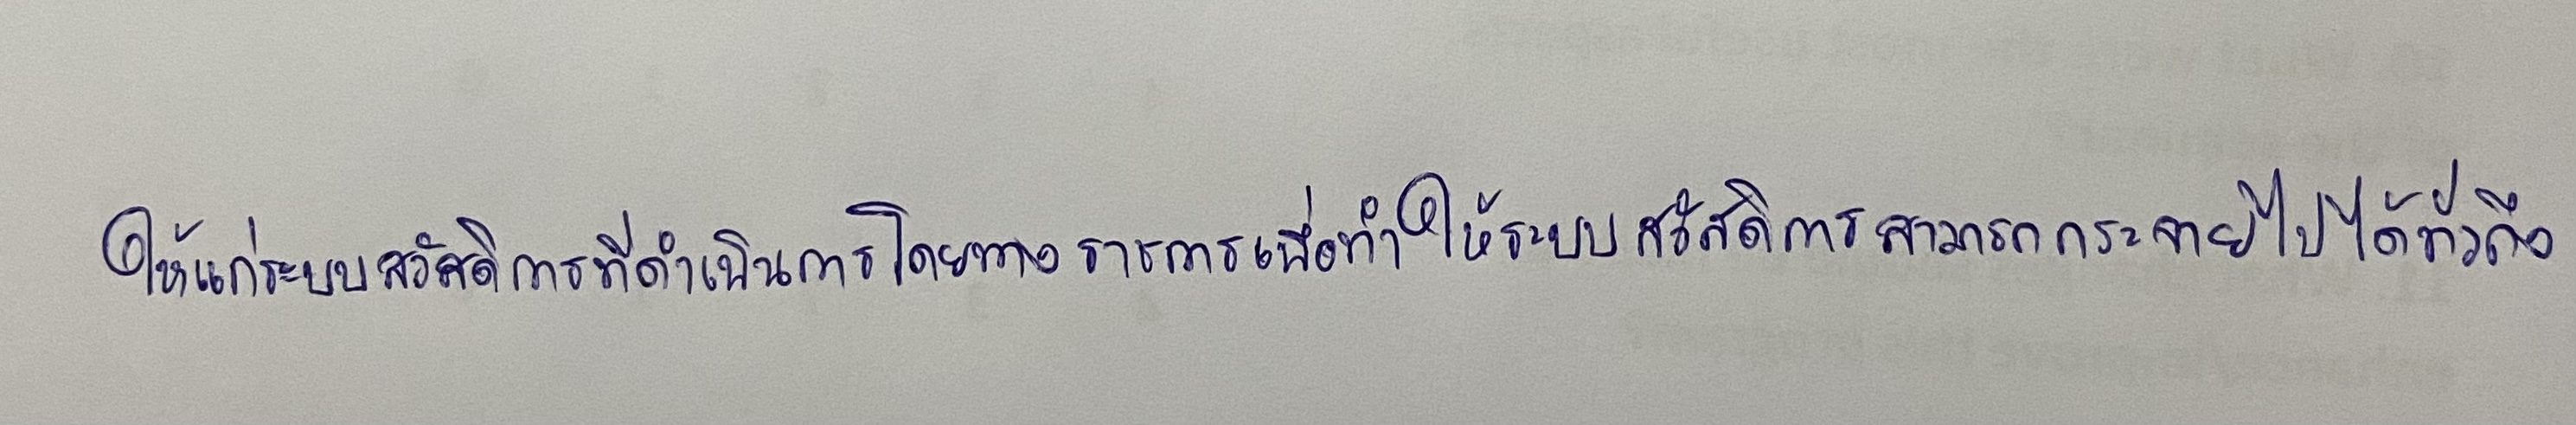
ให้แก่ระบบสวัสดิการที่ดำเนินการโดยทางราชการเพื่อทำให้ระบบสวัสดิการสามารถกระจายไปได้ทั่วถึง